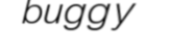
buggy